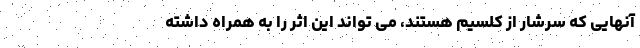
آنهایی که سرشار از کلسیم هستند، می تواند این اثر را به همراه داشته